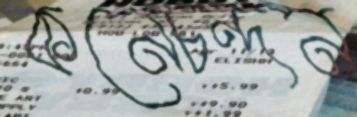
কনেচন্দন